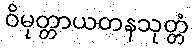
ဝိမုတ္တာယတနသုတ္တံ